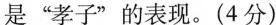
是“孝子”的表现。(4分)